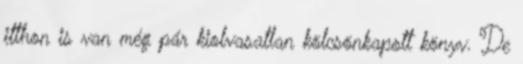
itthon is van még pár kiolvasatlan kölcsönkapott könyv. De